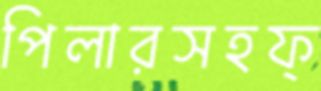
পিলারসহফ্